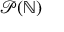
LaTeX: { \mathcal { P } } ( \mathbb { N } )